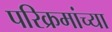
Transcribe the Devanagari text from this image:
परिक्रमांच्या